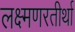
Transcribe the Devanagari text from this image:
लक्ष्मणरतीर्था